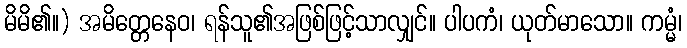
မိမိ၏။) အမိတ္တေနေဝ၊ ရန်သူ၏အဖြစ်ဖြင့်သာလျှင်။ ပါပကံ၊ ယုတ်မာသော။ ကမ္မံ၊